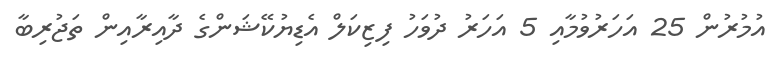
އުމުރުން 25 އަހަރުވުމާއި 5 އަހަރު ދުވަހު ފިޒިކަލް އެޑިޔުކޭޝަންގެ ދާއިރާއިން ތަޖުރިބާ